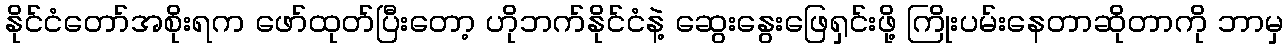
နိုင်ငံတော်အစိုးရက ဖော်ထုတ်ပြီးတော့ ဟိုဘက်နိုင်ငံနဲ့ ဆွေးနွေးဖြေရှင်းဖို့ ကြိုးပမ်းနေတာဆိုတာကို ဘာမှ